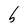
Character: b